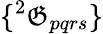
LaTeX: \{ {^{2}\mathfrak{G}_{pqrs}}\}